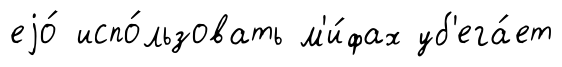
еjо́ испо́льзовать м'и́фах уб'ега́ет